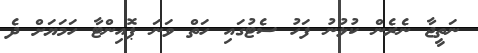
ނަތީޖާ ނެރެން ކުޅުނު ފަހު ސެޓުގައި ހަތް ވަނަ ޕޮއިންޓާ ހަމަޔަށް ދެ